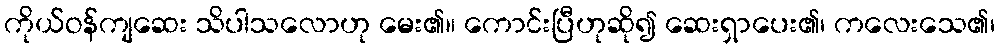
ကိုယ်ဝန်ကျဆေး သိပါသလောဟု မေး၏။ ကောင်းပြီဟုဆို၍ ဆေးရှာပေး၏၊ ကလေးသေ၏၊